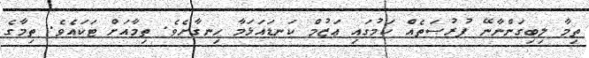
ތިމާ ލިބިގަންނާނޭ ފުރުޞަތެއް ކަމުގައި ޢަޒުމް ކަނޑައަޅަމާ ހިނގާށެވެ. ތިމާއަށް ޓަކައެވެ. ތިމާގެ